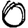
Digit: 0